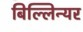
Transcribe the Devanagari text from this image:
बिल्लिन्यर